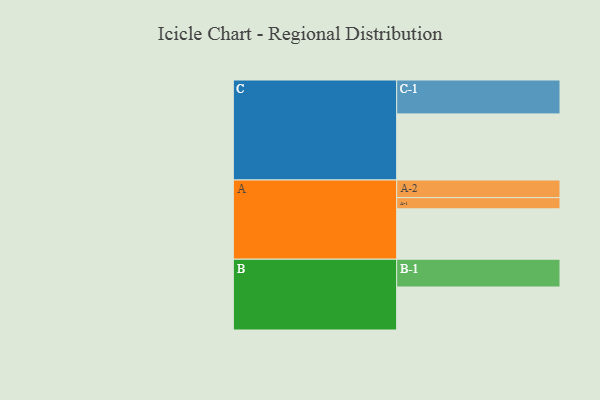
{"axis": {"x": "Segment", "y": "Value"}, "legend": ["", "A", "B", "C"], "data": [{"x": "A", "y": 417, "type": ""}, {"x": "B", "y": 356, "type": ""}, {"x": "C", "y": 547, "type": ""}, {"x": "A-1", "y": 93, "type": "A"}, {"x": "A-2", "y": 146, "type": "A"}, {"x": "B-1", "y": 230, "type": "B"}, {"x": "C-1", "y": 281, "type": "C"}]}